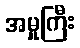
အမှုကြီး